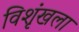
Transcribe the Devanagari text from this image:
विशृंखला